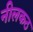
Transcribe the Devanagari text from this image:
नीलकठ